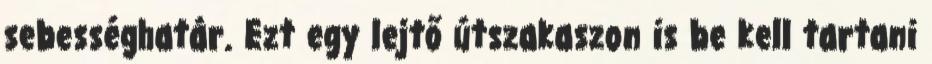
sebességhatár. Ezt egy lejtő útszakaszon is be kell tartani